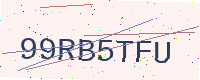
Text: 99RB5TFU